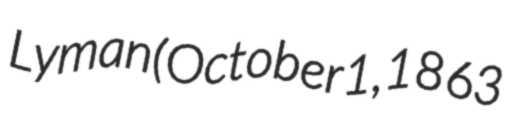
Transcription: Lyman (October 1, 1863